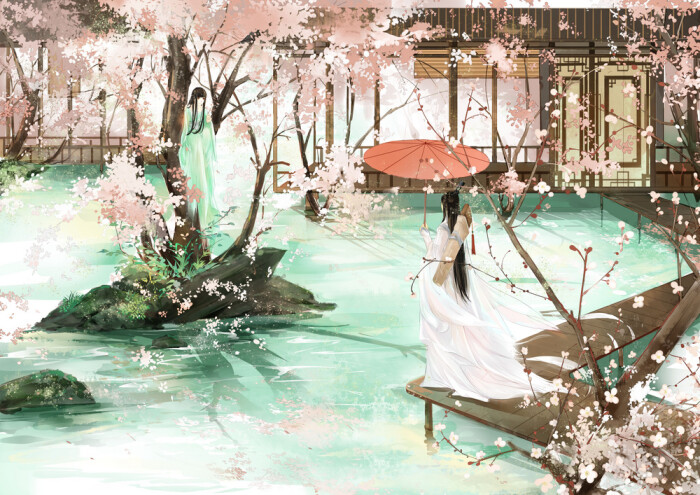
桃花仙人种桃树，又摘桃花换酒钱。